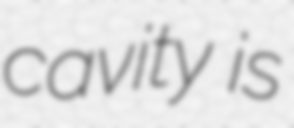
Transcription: cavity is